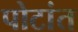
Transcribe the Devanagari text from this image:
पोटांत